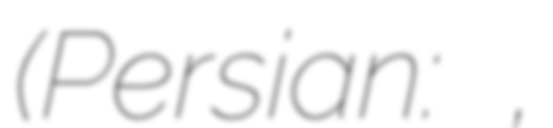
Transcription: (Persian: چنگوره,